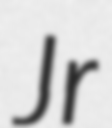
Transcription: Jr